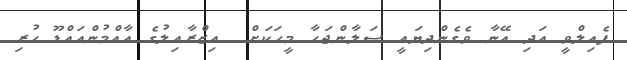
ފެއިލްވީ އަދި އޭނާ ވެގެންދިޔައީ ސަލާންޖަހާ މީހަކަށް  އިޒްރާއިލުގެ އާއްމުންއައްޑޫ ހުރި